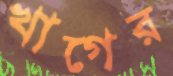
খাগের